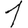
Digit: 1